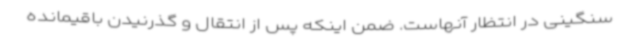
سنگینی در انتظار آنهاست. ضمن اینکه پس از انتقال و گذرنیدن باقیمانده